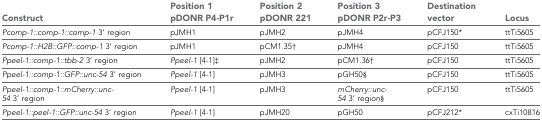
| Construct | Position 1 pDONR P4-P1r | Position 2 pDONR 221 | Position 3 pDONR P2r-P3 | Destination vector | Locus |
 | --- | --- | --- | --- | --- | --- |
 | Pcomp-1::comp-1::comp-1 3’ region | pJMH1 | pJMH2 | pJMH4 | pCFJ150* | ttTi5605 |
 | Pcomp-1::H2B::GFP::comp-1 3’ region | pJMH1 | pCM1.35† | pJMH4 | pCFJ150 | ttTi5605 |
 | Ppeel-1::comp-1::tbb-2 3’ region | Ppeel-1 [4-1]‡ | pJMH2 | pCM1.36† | pCFJ150 | ttTi5605 |
 | Ppeel-1::comp-1::GFP::unc-54 3’ region | Ppeel-1 [4-1] | pJMH3 | pGH50§ | pCFJ150 | ttTi5605 |
 | Ppeel-1::comp-1::mCherry::unc-54 3’ region | Ppeel-1 [4-1] | pJMH3 | mCherry::unc-54 3’ region§ | pCFJ150 | ttTi5605 |
 | Ppeel-1::peel-1::GFP::unc-54 3’ region | Ppeel-1 [4-1] | pJMH20 | pGH50 | pCFJ212* | cxTi10816 |